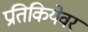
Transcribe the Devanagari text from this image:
प्रतिकियेवर